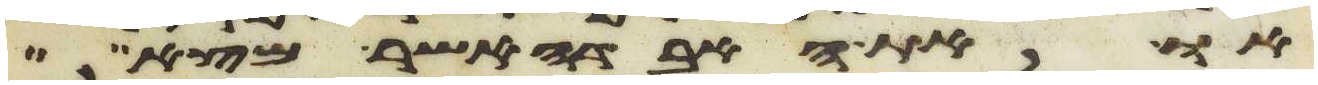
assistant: או את האבדה אשר מצא